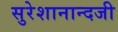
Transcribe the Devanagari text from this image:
सुरेशानान्दजी